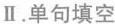
Ⅱ.单句填空